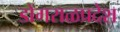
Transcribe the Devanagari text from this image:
डोंगराळप्रदेश